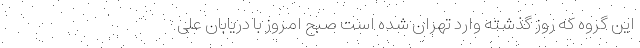
این گروه که روز گذشته وارد تهران شده است صبح امروز با دریابان علی